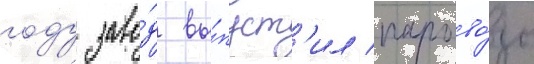
году заво́д вы́пуст'ил парово́зы